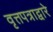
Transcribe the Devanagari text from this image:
वृत्तपत्राद्वारे